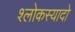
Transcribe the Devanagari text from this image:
श्लोकस्यादो